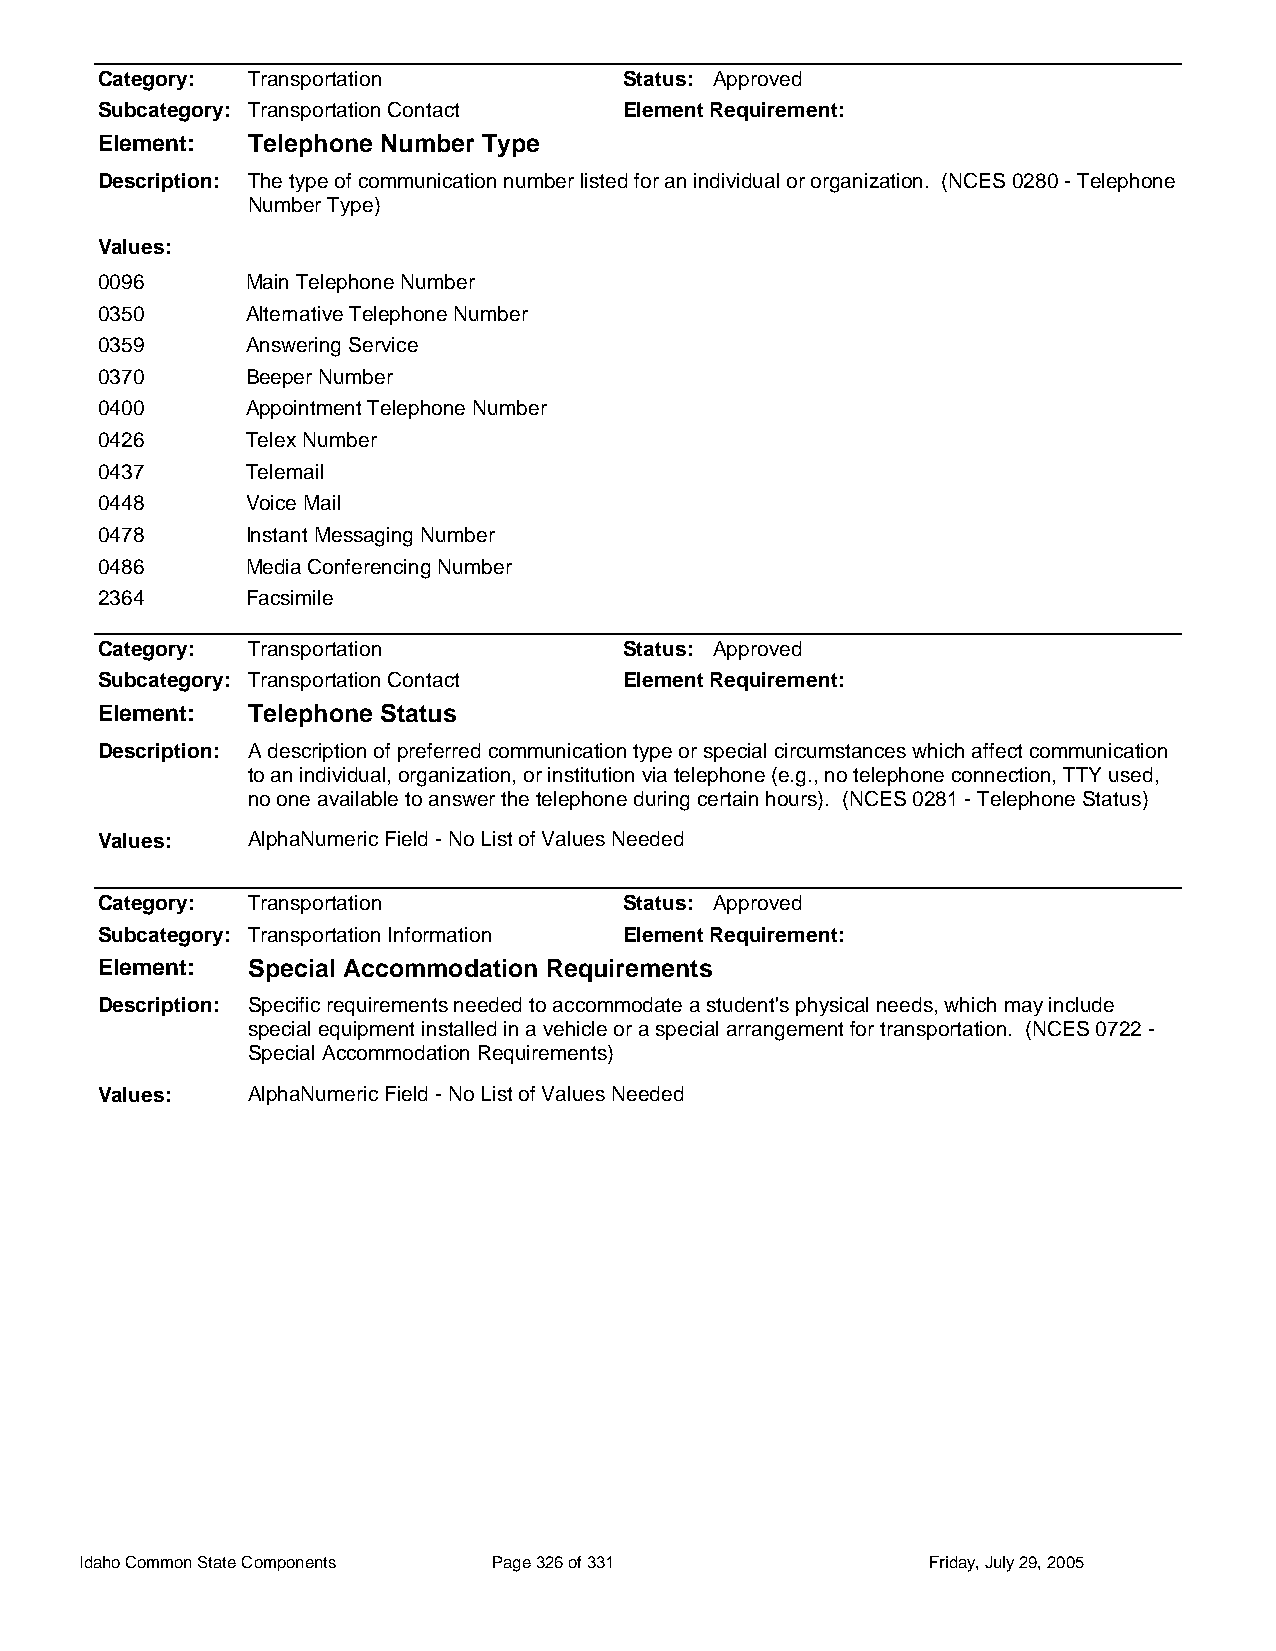
Category: Transportation           Status: Approved
 Subcategory: Transportation Contact Element Requirement:
 Element:  Telephone Number Type
 Description: The type of communication number listed for an individual or organization. (NCES 0280 - Telephone
 Number Type)
 Values:
 0096      Main Telephone Number
 0350      Alternative Telephone Number
 0359      Answering Service
 0370      Beeper Number
 0400      Appointment Telephone Number
 0426      Telex Number
 0437      Telemail
 0448      Voice Mail
 0478      Instant Messaging Number
 0486      Media Conferencing Number
 2364      Facsimile
 Category: Transportation           Status: Approved
 Subcategory: Transportation Contact Element Requirement:
 Element:  Telephone Status
 Description: A description of preferred communication type or special circumstances which affect communication
 to an individual, organization, or institution via telephone (e.g., no telephone connection, TTY used,
 no one available to answer the telephone during certain hours). (NCES 0281 - Telephone Status)
 Values:   AlphaNumeric Field - No List of Values Needed
 Category: Transportation           Status: Approved
 Subcategory: Transportation Information Element Requirement:
 Element:  Special Accommodation Requirements
 Description: Specific requirements needed to accommodate a student's physical needs, which may include
 special equipment installed in a vehicle or a special arrangement for transportation. (NCES 0722 -
 Special Accommodation Requirements)
 Values:   AlphaNumeric Field - No List of Values Needed
 Idaho Common State Components Page 326 of 331           Friday, July 29, 2005